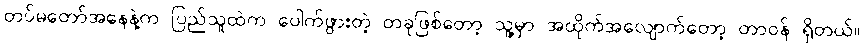
တပ်မတော်အနေနဲ့က ပြည်သူထဲက ပေါက်ဖွားတဲ့ တခုဖြစ်တော့ သူ့မှာ အထိုက်အလျောက်တော့ တာဝန် ရှိတယ်။